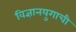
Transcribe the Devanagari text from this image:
विज्ञानयुगाची